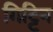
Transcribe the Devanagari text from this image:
गिट्टिन